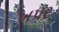
ખપર